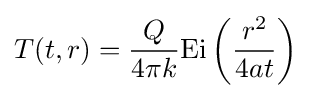
T(t,r)={\frac {Q}{4\pi k}}\mathrm {Ei} \left({\frac {r^{2}}{4at}}\right)